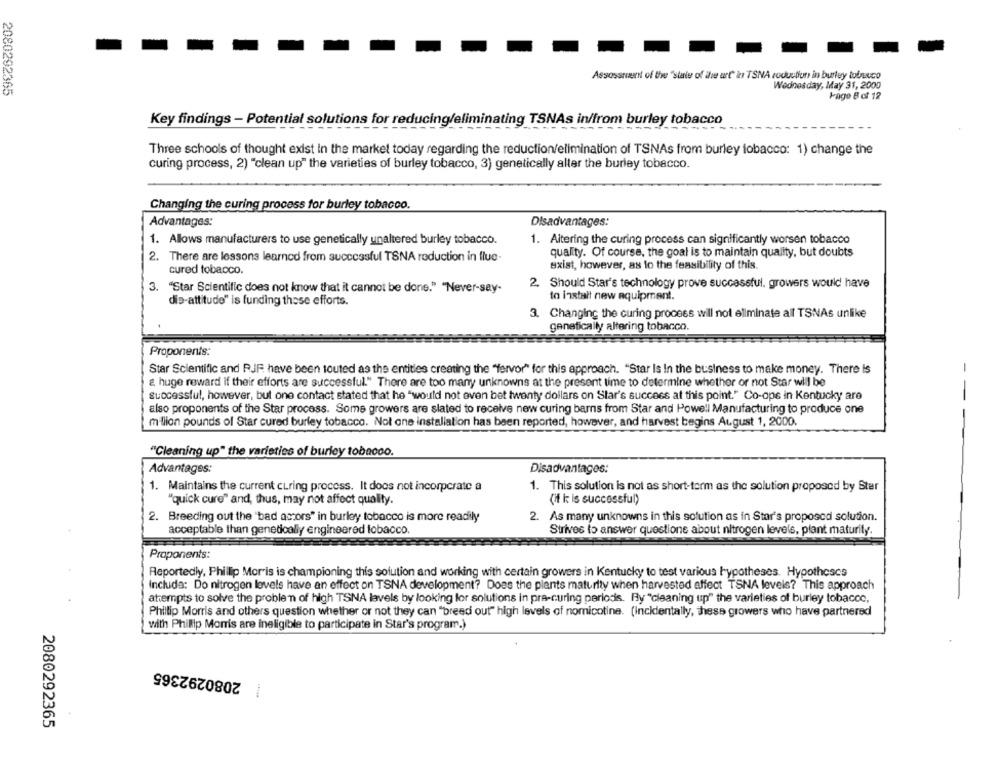
Assossavent of the "state of the art" in TSNA roduullun, in burley tofuco
Wednesday, May 31, 2000
2080292365
Page 8 of 12
Key findings - Potential solutions for reducing/eliminating TSNAs in/from burley tobacco
Three schools of thought exist In the market today regarding the reduction/elimination of TSNAs from burley tobacco: 1) change the
curing process, 2) "clean up" the varieties of burley tobacco, 3) genetically alter the burley tobacco.
Changing the curing process for burley tobacco.
Advantages:
Disadvantages:
1. Allows manufacturers to use genetically unaltered burley tobacco.
1. Altering the curing process can significantly worsen tobacco
2. There are lessons learned from successful TSNA reduction in flue-
quality. Of course, the goal is to maintain quality, but doubts
exist, however, as to the feasibility of this.
cured tobacco.
"Star Scientific does not know that it cannot be done." "Never-say-
2. Should Star's technology prove successful. growers would have
to install new equipment.
dis-attitude" is funding these efforts.
3. Changing the curing process will not eliminate all TSNAs unlike
genetically altering tobacco.
Proponents:
Star Scientific and RJF have been touted as the entitles creating the "fervor" for this approach. "Star Is In the business to make money. There is
& huge reward if their efforts are successful." There are too many unknowns at the present time to determine whether or not Star will be
successful, however, but one contact stated that he "would not even bet twenty dollars on Star's success at this point." Co-ope in Kentucky are
--
also proponents of the Star process. Some growers are slated to receive new curing barns from Star and Powell Manufacturing to produce one
million pounds of Star cured burley tobacco. Not one installation has been reported, however, and harvest begins August 1, 2000.
"Cleaning up" the varieties of burley tobacco.
Advantages:
Disadvantages:
1. Maintains the current curing process. It does not incorporate a
1. This solution is not as short-term as the solution proposed by Ster
"quick cure" and, thus, may not affect quality.
(if k: is successful)
2. Breeding out the 'bad actors" in burley tobacco is more readily
2. As many unknowns in this solution as in Star's proposed solution.
acceptable than genetically engineered tobacco.
Strives to answer questions about nitrogen levels, plant maturity.
Proponents:
Reportedly, Phillip Morris is championing this solution and working with certain growers in Kentucky to test various hypotheses. Hypotheses
Include: Do nitrogen levels have an effect on TSNA development? Does the plants maturity when harvested affect TSNA levels? This approach
attempts to solve the proble'n of high TSNA lavels by looking for solutions in pre-curing periodis. By "cleaning up" the varieties of burley tobacco,
Phillip Morris and others question whether or not they can "breed out" high levels of nomicotine. (incidentally, these growers who have partnered
with Phillip Morris are ineligible to participate in Star's program.)
| 2080292365
2080292365